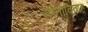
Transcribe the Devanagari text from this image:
सीताविवाह